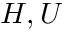
H , U